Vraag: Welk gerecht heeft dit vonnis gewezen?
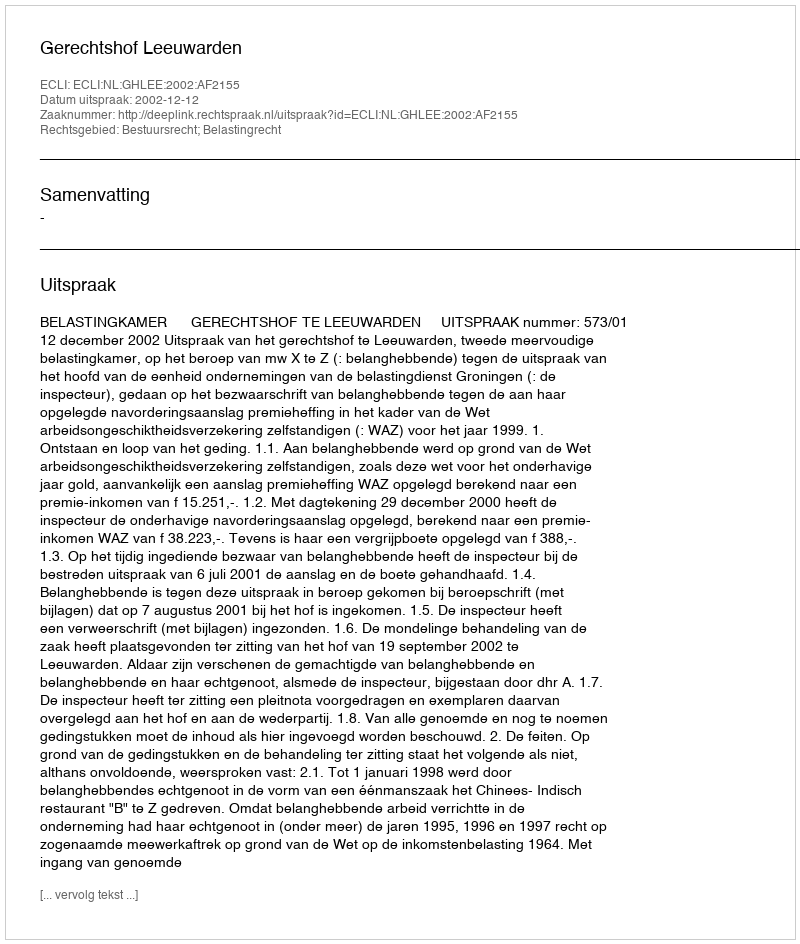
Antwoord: Gerechtshof Leeuwarden